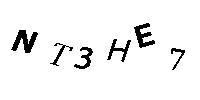
NT3HE7